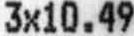
3X10.49